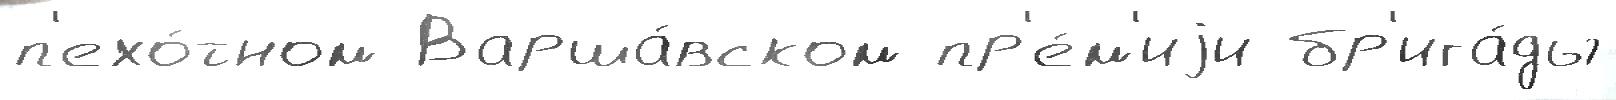
п'ехо́тном Варша́вском пр'е́м'иjи бр'ига́ды